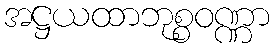
အဋ္ဌယထာဘုစ္စဝဏ္ဏာ